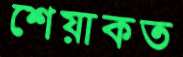
শেয়াকত